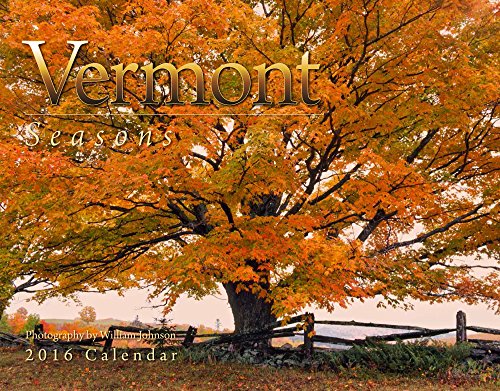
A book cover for Vermont Seasons 2016 Calendar 11x14; William Johnson; Travel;